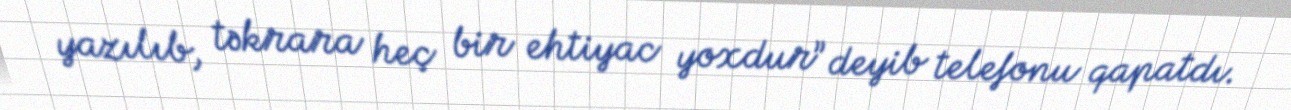
yazılıb, təkrara heç bir ehtiyac yoxdur” deyib telefonu qapatdı.